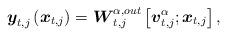
LaTeX: \begin{align*}\setlength{\abovedisplayskip}{4 pt}\setlength{\belowdisplayskip}{4 pt}\boldsymbol{y}_{t,j} \left(\boldsymbol{x}_{t,j}\right) = {\boldsymbol{W}_{t,j}^{\alpha,out}}\left[ {{\boldsymbol{v}_{t,j}^\alpha};{\boldsymbol{x}_{t,j}}} \right],\end{align*}